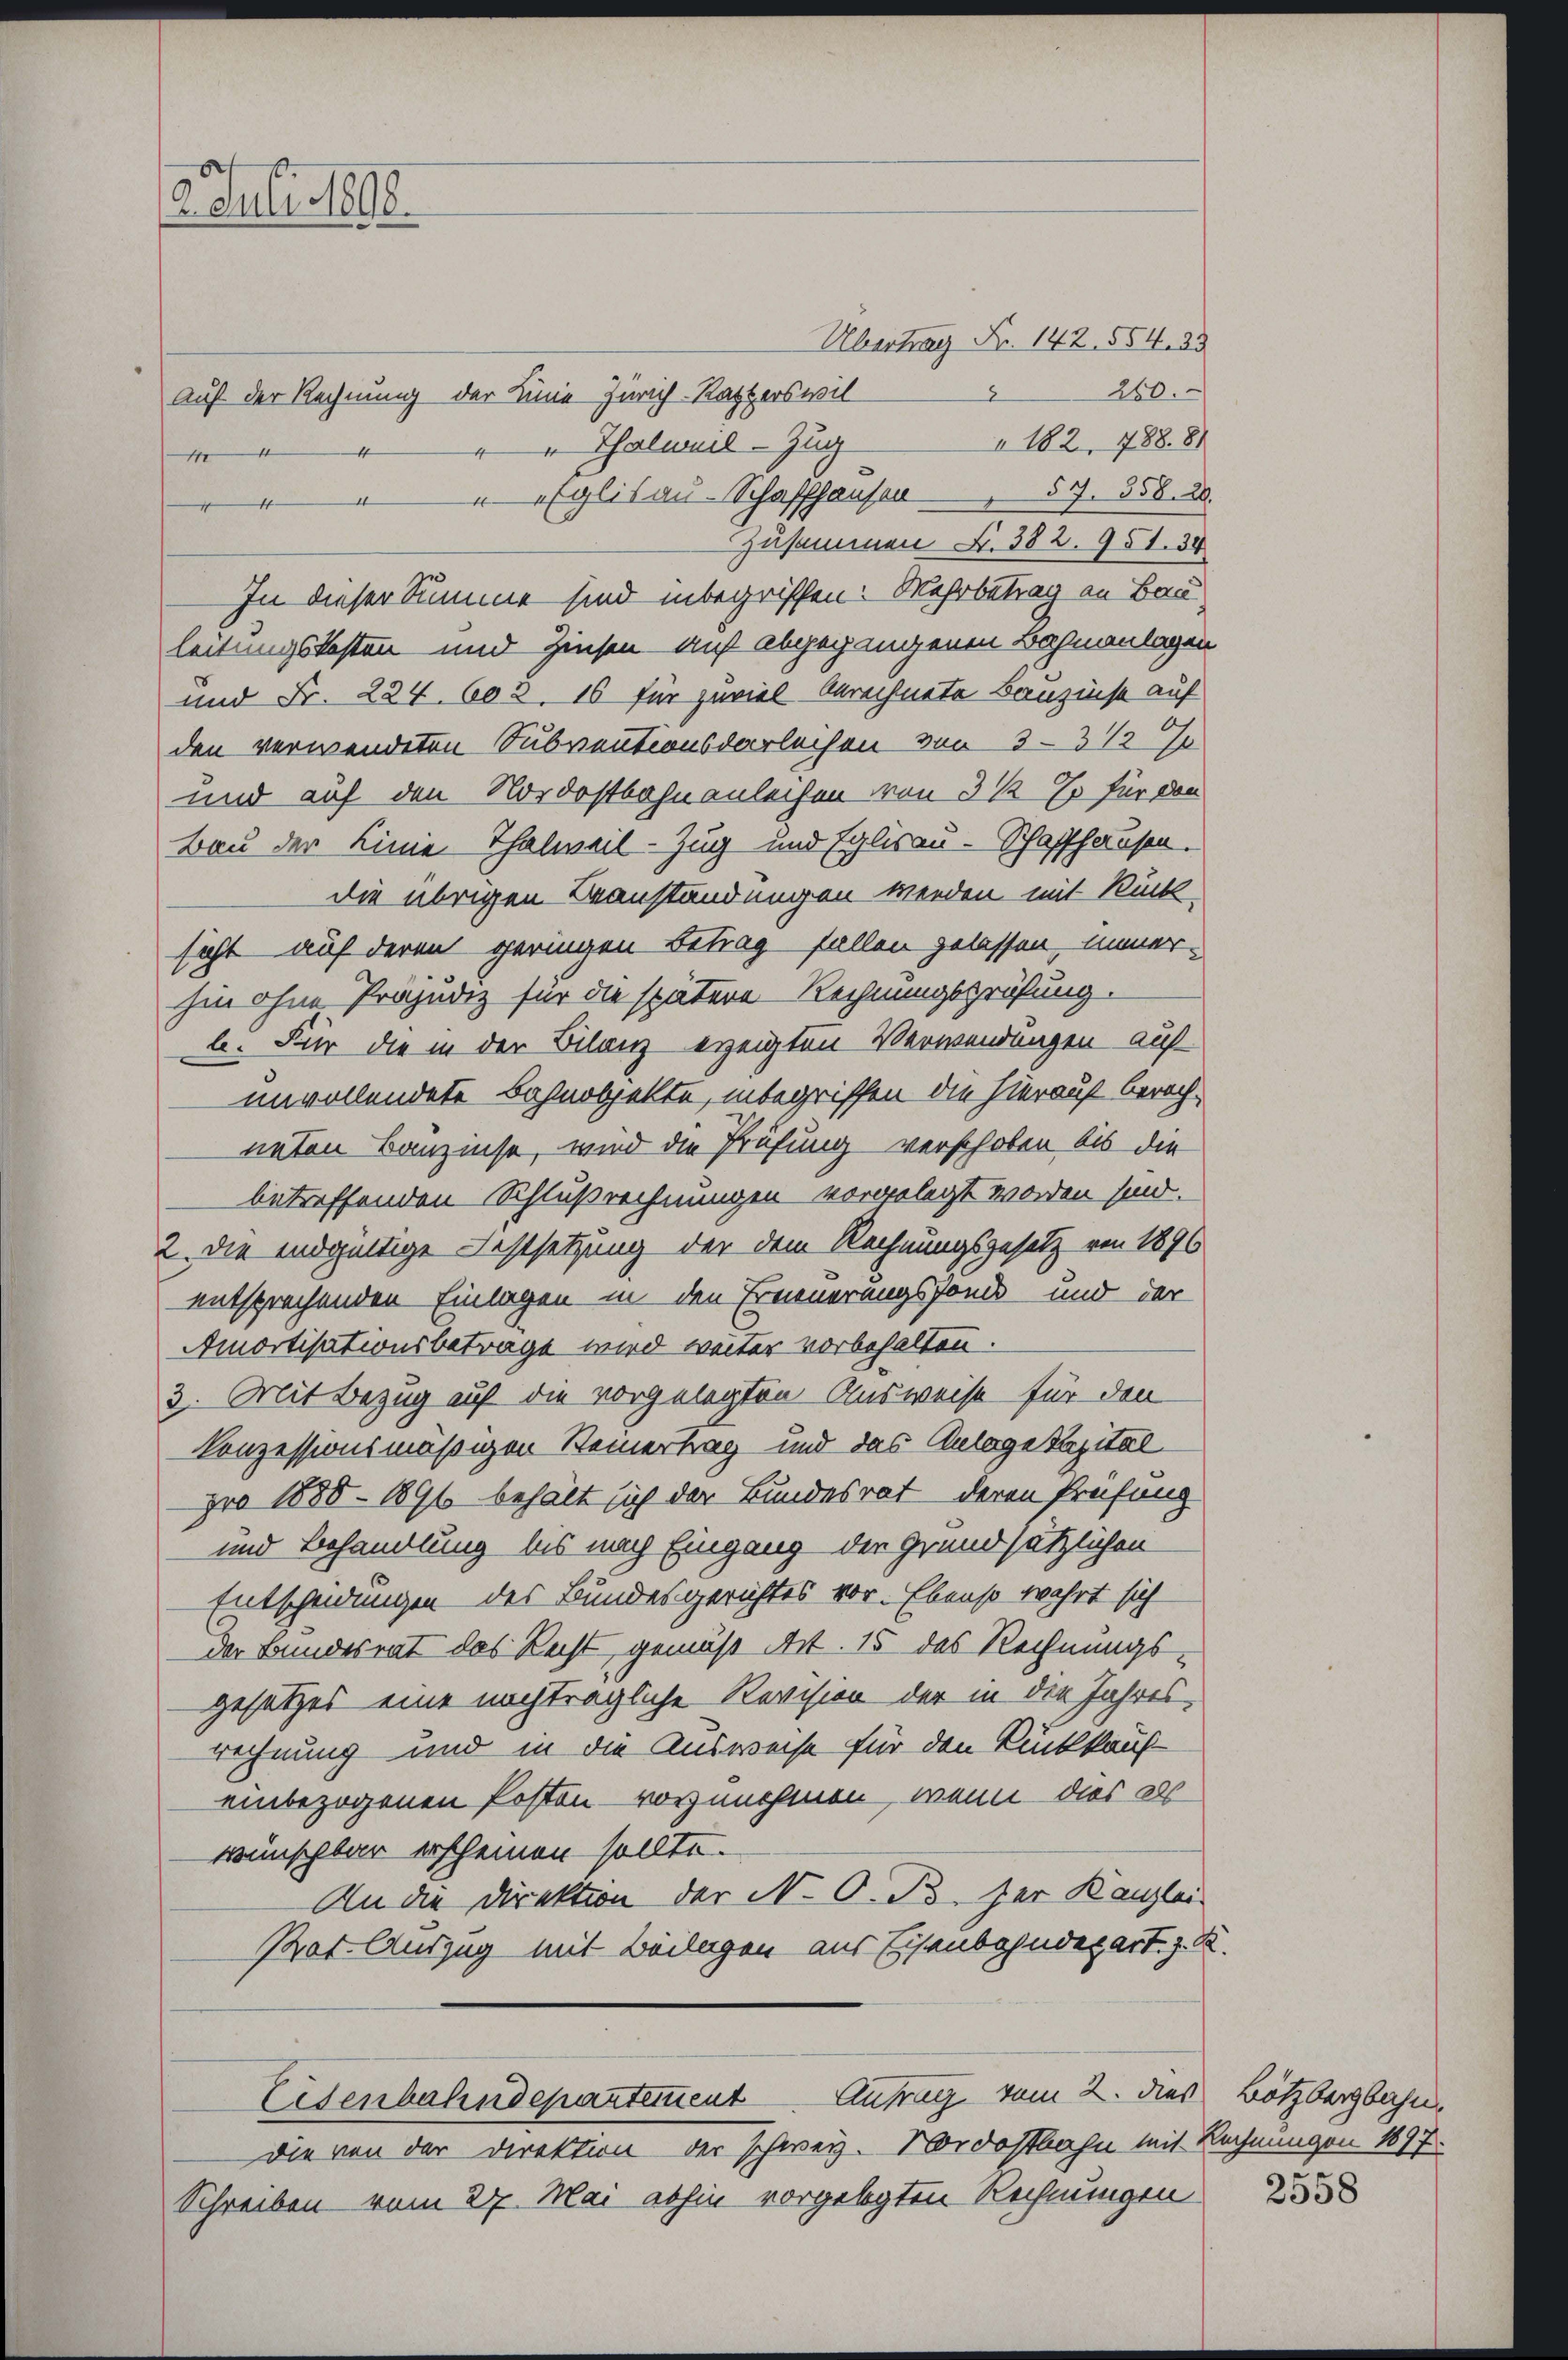
2. Juli 1890.

Übertrag Fr. 142. 554. 23
260.
8
Auf der Rechnung der Linie Zürich-Ratters wil
182, 788. 81
" Thalweil–Zug
" Eglisau-Schaffhausen 57. 558. 20.
Zusammen N. 382. 951. 38
In dieser Summe sind inbegriffen: Mehrbetrag an Bau-
leitungskosten und Zinsen auf abgegangenen Bahnanlagen
und Fr. 224. 602. 16 für zuviel berechnete Bauzinse auf
den verwendeten Subventionsdarleihen von 3-3 1/2 J
und auf den Nordostbahnanleihen von 3 ½ Es für den
Bau der Linie Thalweil-Zug und Eglisau-Schaffhausen.
die übrigen Beanständungen werden mit Rück-
sicht auf deren geringen Betrag fallen gelassen, immer-
hin ohne Präjudiz für die spätere Rechnungsprüfung.
b. Für die in der Bilanz erzeigten Verwendungen auf
unvollendete Bahnobjekte, inbegriffen die hierauf berech-
neten Banzinse, wird die Prüfung verschoben bis die
betreffenden Schlußrechnungen vorgelegt worden sind.
2. die endgültige Festsetzung der dem Rechnungsgesetz von 1896
entsprechenden Einlagen in den Erneuerungsfonds und der
Amortisationsbetrage wird weiter vorbehalten.
3. Mit Bezug auf die vorgelegten Ausweise für den
konzessionsmäßigen Steinertrag und das Anlage kapital
pro 1888 - 1896 behält sich der Bundesrat deren Prüfung
und Behandlung bis nach Eingang der grundsätzlichen
Entscheidungen des Bundesgerichtes vor. Ebenso wahrt sich
der Bundesrat des Recht gemäß Art. 15 des Rechnungs-
gesetzes eine nachträgliche Revision der in die Jahresrechnung und in die Ausweise für den Rückkauf
einbezogenen Posten - vorzunehmen, wenn dies all
wünschbar erscheinen sollte.
An die Direktion der N. O. B. der Kanzlei
Rat. Auszug mit Beilagen aus Eisenbahndepart. z. B.
Eisenbahndepartement Antrag vom 2. dies Bötzbergbahn,
Die von der Direktion der schweiz. Nordostbahn mit Rechnungen 1897.
Schreiben vom 27. Mai abhin vorgelegten Rechnungen

4
14

2558